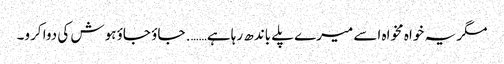
مگر یہ خواہ مخواہ اسے میرے پلے باندھ رہا ہے……. جاؤ جاؤ ہوش کی دوا کرو۔